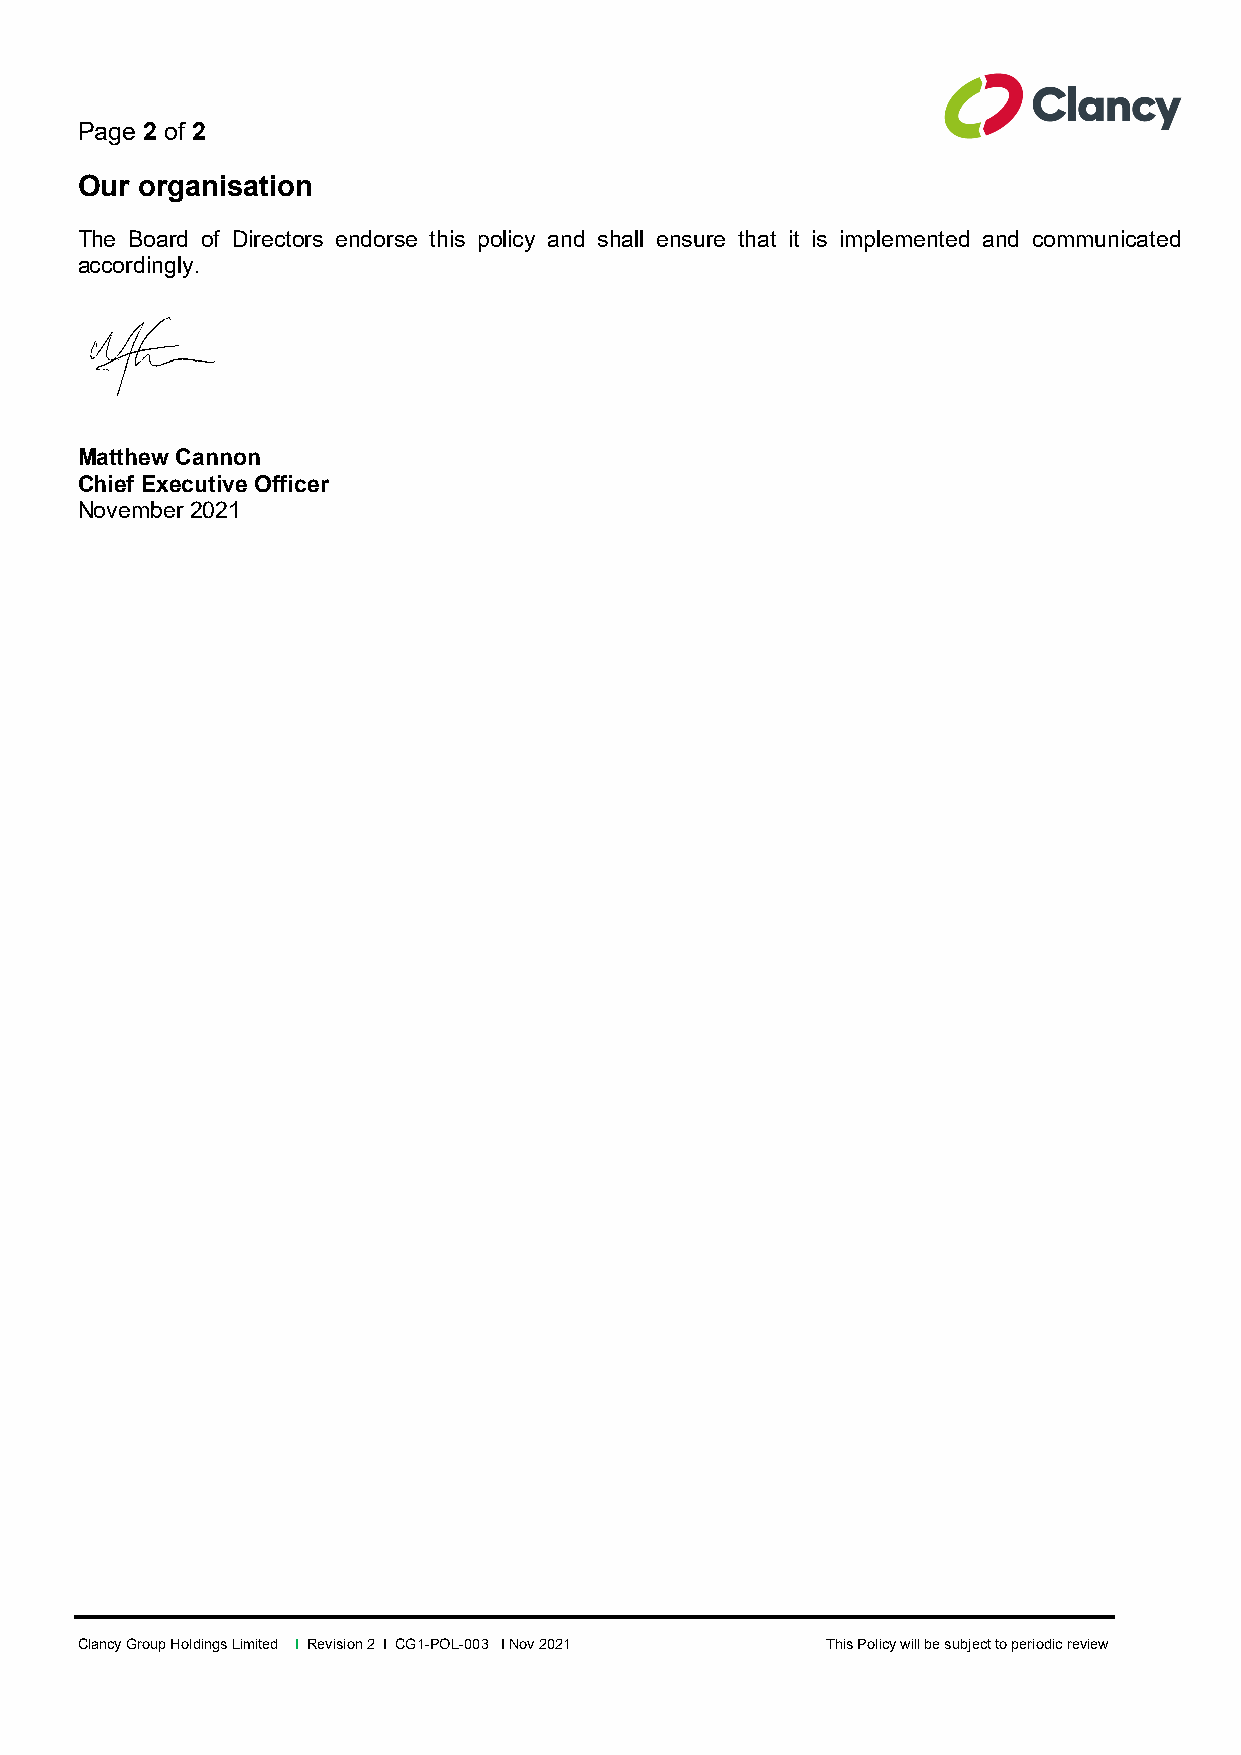
Page 2 of 2
 Our organisation
 The Board of Directors endorse this policy and shall ensure that it is implemented and communicated
 accordingly.
 Matthew Cannon
 Chief Executive Officer
 November 2021
 Clancy Group Holdings Limited l Revision 2 l CG1-POL-003 l Nov 2021 This Policy will be subject to periodic review